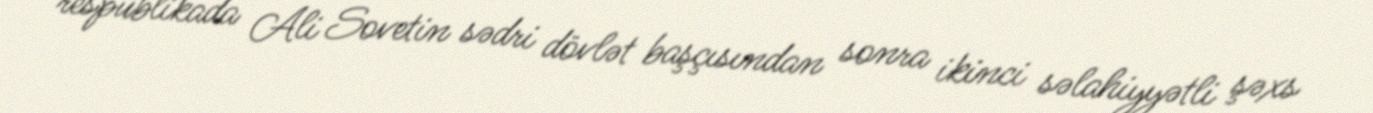
respublikada Ali Sovetin sədri dövlət başçısından sonra ikinci səlahiyyətli şəxs